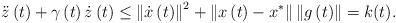
LaTeX: \begin{align*}\ddot{z}\left( t\right) +\gamma\left( t\right) \dot{z}\left( t\right)\leq\left\Vert \dot{x}\left( t\right) \right\Vert ^{2}+\left\Vert x\left(t\right) -x^{\ast}\right\Vert \left\Vert g\left( t\right) \right\Vert=k(t). \end{align*}